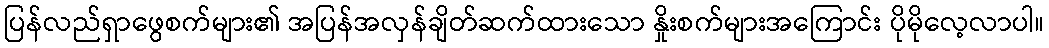
ပြန်လည်ရှာဖွေစက်များ၏ အပြန်အလှန်ချိတ်ဆက်ထားသော နှိုးစက်များအကြောင်း ပိုမိုလေ့လာပါ။